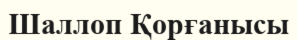
Шаллоп Қорғанысы